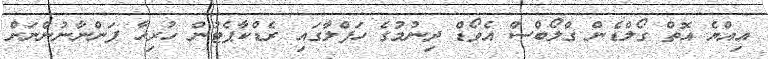
އިއްޔެ އޮތް ގޯލްޑެން ގްލޯބްސް އެވޯޑް ދިނުމުގެ ހަފްލާގައި ރެޑްކާޕެޓުން ހުރިހާ ފަންނާނުންނަށް